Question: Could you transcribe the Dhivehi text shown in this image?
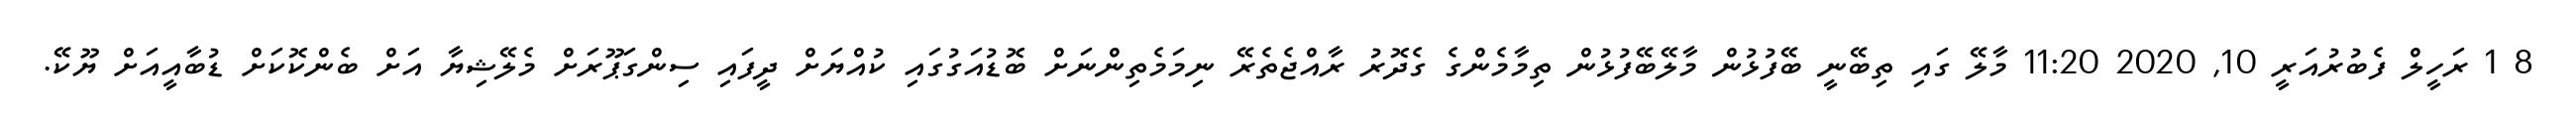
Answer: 8 1 ރަހީލް ފެބުރުއަރީ 10, 2020 11:20 މާލޭ ގައި ތިބޭނީ ބޭފުޅުން މާލޭބޭފުޅުން ތިމާމެންގެ ގެދޮރު ރާއްޖެތެރޭ ނިމަމެތިންނަށް ބޮޑުއަގުގައި ކުއްޔަށް ދީފައި ސިންގަޕޫރަށް މެލޭޝިޔާ އަށް ބެންކޮކަށް ޑުބާއީއަށް ޔޫކޭ.